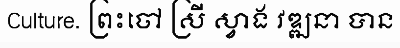
Culture. ព្រះចៅ ស្រី ស្វាង វឌ្ឍនា បាន